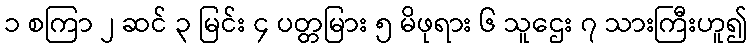
၁ စကြာ ၂ ဆင် ၃ မြင်း ၄ ပတ္တမြား ၅ မိဖုရား ၆ သူဌေး ၇ သားကြီးဟူ၍